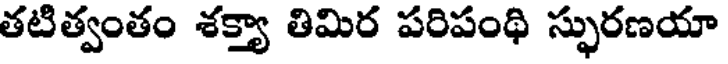
తటిత్వంతం శక్త్యా తిమిర పరిపంథి స్ఫురణయా